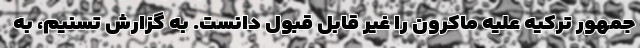
جمهور ترکیه علیه ماکرون را غیر قابل قبول دانست. به گزارش تسنیم، به